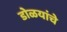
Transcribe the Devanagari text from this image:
डोळयांचे